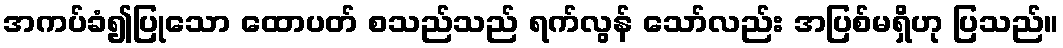
အကပ်ခံ၍ပြုသော ထောပတ် စသည်သည် ရက်လွန် သော်လည်း အပြစ်မရှိဟု ပြသည်။